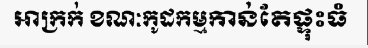
អាក្រក់ ខណៈកូដកម្មកាន់តែផ្ទុះធំ